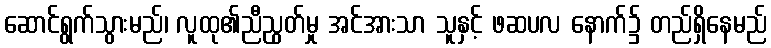
ဆောင်ရွက်သွားမည်၊ လူထု၏ညီညွတ်မှု အင်အားသာ သူနှင့် ဖဆပလ နောက်၌ တည်ရှိနေမည်